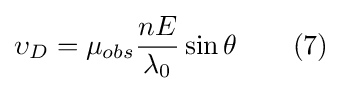
\upsilon _{D}=\mu _{obs}{\frac {nE}{\lambda _{0}}}\sin \theta \qquad (7)